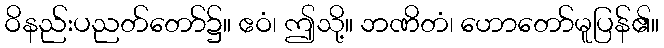
ဝိနည်းပညတ်တော်၌။ ဧဝံ၊ ဤသို့။ ဘဏိတံ၊ ဟောတော်မူပြန်၏။